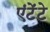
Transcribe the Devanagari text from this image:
एंटेंटे